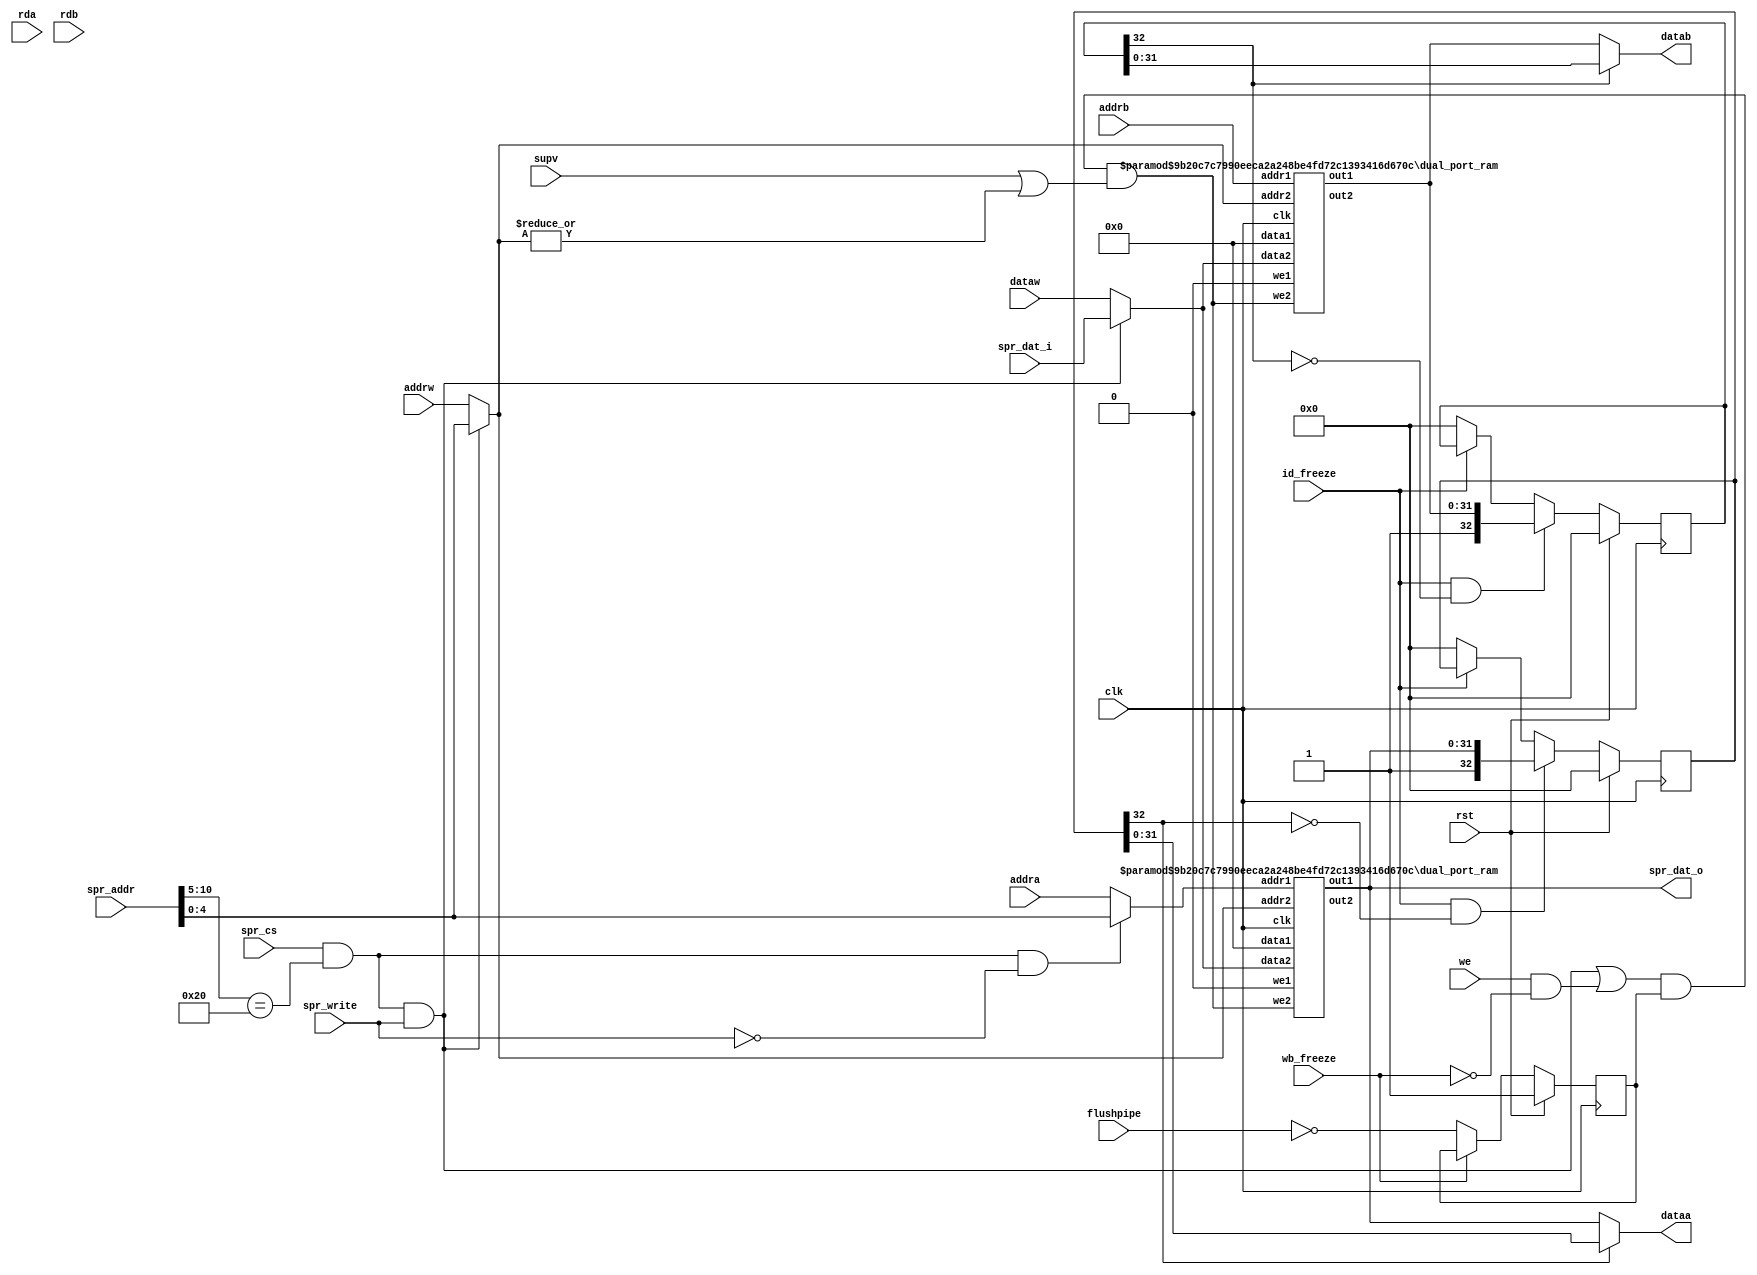
`define OR1200_DCFGR_NDP		3'h0	// Zero DVR/DCR pairs
`define OR1200_DCFGR_WPCI		1'b0	// WP counters not impl.
`define OR1200_DCFGR_RES1		28'h0000000
`define OR1200_M2R_BYTE0 4'b0000
`define OR1200_M2R_BYTE1 4'b0001
`define OR1200_M2R_BYTE2 4'b0010
`define OR1200_M2R_BYTE3 4'b0011
`define OR1200_M2R_EXTB0 4'b0100
`define OR1200_M2R_EXTB1 4'b0101
`define OR1200_M2R_EXTB2 4'b0110
`define OR1200_M2R_EXTB3 4'b0111
`define OR1200_M2R_ZERO  4'b0000
`define OR1200_ICCFGR_NCW		3'h0	// 1 cache way
`define OR1200_ICCFGR_NCS 9	// Num cache sets
`define OR1200_ICCFGR_CBS 9	// 16 byte cache block
`define OR1200_ICCFGR_CWS		1'b0	// Irrelevant
`define OR1200_ICCFGR_CCRI		1'b1	// Cache control reg impl.
`define OR1200_ICCFGR_CBIRI		1'b1	// Cache block inv reg impl.
`define OR1200_ICCFGR_CBPRI		1'b0	// Cache block prefetch reg not impl.
`define OR1200_ICCFGR_CBLRI		1'b0	// Cache block lock reg not impl.
`define OR1200_ICCFGR_CBFRI		1'b1	// Cache block flush reg impl.
`define OR1200_ICCFGR_CBWBRI		1'b0	// Irrelevant
`define OR1200_ICCFGR_RES1		17'h00000
//`define OR1200_ICCFGR_NCW_BITS		2:0
//`define OR1200_ICCFGR_NCS_BITS		6:3
`define OR1200_ICCFGR_CBS_BITS		7
`define OR1200_ICCFGR_CWS_BITS		8
`define OR1200_ICCFGR_CCRI_BITS		9
`define OR1200_ICCFGR_CBIRI_BITS	10
`define OR1200_ICCFGR_CBPRI_BITS	11
`define OR1200_ICCFGR_CBLRI_BITS	12
`define OR1200_ICCFGR_CBFRI_BITS	13
`define OR1200_ICCFGR_CBWBRI_BITS	14
//`define OR1200_ICCFGR_RES1_BITS	31:15
`define OR1200_DCCFGR_NCW		3'h0	// 1 cache way
`define OR1200_DCCFGR_NCS 9	// Num cache sets
`define OR1200_DCCFGR_CBS 9	// 16 byte cache block
`define OR1200_DCCFGR_CWS		1'b0	// Write-through strategy
`define OR1200_DCCFGR_CCRI		1'b1	// Cache control reg impl.
`define OR1200_DCCFGR_CBIRI		1'b1	// Cache block inv reg impl.
`define OR1200_DCCFGR_CBPRI		1'b0	// Cache block prefetch reg not impl.
`define OR1200_DCCFGR_CBLRI		1'b0	// Cache block lock reg not impl.
`define OR1200_DCCFGR_CBFRI		1'b1	// Cache block flush reg impl.
`define OR1200_DCCFGR_CBWBRI		1'b0	// Cache block WB reg not impl.
`define OR1200_DCCFGR_RES1		17'h00000
//`define OR1200_DCCFGR_NCW_BITS		2:0
//`define OR1200_DCCFGR_NCS_BITS		6:3
`define OR1200_DCCFGR_CBS_BITS		7
`define OR1200_DCCFGR_CWS_BITS		8
`define OR1200_DCCFGR_CCRI_BITS		9
`define OR1200_DCCFGR_CBIRI_BITS	10
`define OR1200_DCCFGR_CBPRI_BITS	11
`define OR1200_DCCFGR_CBLRI_BITS	12
`define OR1200_DCCFGR_CBFRI_BITS	13
`define OR1200_DCCFGR_CBWBRI_BITS	14
//`define OR1200_DCCFGR_RES1_BITS	31:15
`define OR1200_IMMUCFGR_NTW		2'h0	// 1 TLB way
`define OR1200_IMMUCFGR_NTS 3'b101	// Num TLB sets
`define OR1200_IMMUCFGR_NAE		3'h0	// No ATB entry
`define OR1200_IMMUCFGR_CRI		1'b0	// No control reg
`define OR1200_IMMUCFGR_PRI		1'b0	// No protection reg
`define OR1200_IMMUCFGR_TEIRI		1'b1	// TLB entry inv reg impl
`define OR1200_IMMUCFGR_HTR		1'b0	// No HW TLB reload
`define OR1200_IMMUCFGR_RES1		20'h00000
//`define OR1200_CPUCFGR_NSGF_BITS	3:0
`define OR1200_CPUCFGR_HGF_BITS	4
`define OR1200_CPUCFGR_OB32S_BITS	5
`define OR1200_CPUCFGR_OB64S_BITS	6
`define OR1200_CPUCFGR_OF32S_BITS	7
`define OR1200_CPUCFGR_OF64S_BITS	8
`define OR1200_CPUCFGR_OV64S_BITS	9
//`define OR1200_CPUCFGR_RES1_BITS	31:10
`define OR1200_CPUCFGR_NSGF		4'h0
`define OR1200_CPUCFGR_HGF		1'b0
`define OR1200_CPUCFGR_OB32S		1'b1
`define OR1200_CPUCFGR_OB64S		1'b0
`define OR1200_CPUCFGR_OF32S		1'b0
`define OR1200_CPUCFGR_OF64S		1'b0
`define OR1200_CPUCFGR_OV64S		1'b0
`define OR1200_CPUCFGR_RES1		22'h000000
`define OR1200_DMMUCFGR_NTW_BITS	1:0
`define OR1200_DMMUCFGR_NTS_BITS	4:2
`define OR1200_DMMUCFGR_NAE_BITS	7:5
`define OR1200_DMMUCFGR_CRI_BITS	8
`define OR1200_DMMUCFGR_PRI_BITS	9
`define OR1200_DMMUCFGR_TEIRI_BITS	10
`define OR1200_DMMUCFGR_HTR_BITS	11
//`define OR1200_DMMUCFGR_RES1_BITS	31:12
`define OR1200_DMMUCFGR_NTW		2'h0	// 1 TLB way
`define OR1200_DMMUCFGR_NTS 3'b110	// Num TLB sets
`define OR1200_DMMUCFGR_NAE		3'h0	// No ATB entries
`define OR1200_DMMUCFGR_CRI		1'b0	// No control register
`define OR1200_DMMUCFGR_PRI		1'b0	// No protection reg
`define OR1200_DMMUCFGR_TEIRI		1'b1	// TLB entry inv reg impl.
`define OR1200_DMMUCFGR_HTR		1'b0	// No HW TLB reload
`define OR1200_DMMUCFGR_RES1		20'h00000
`define OR1200_IMMUCFGR_NTW_BITS	1:0
`define OR1200_IMMUCFGR_NTS_BITS	4:2
`define OR1200_IMMUCFGR_NAE_BITS	7:5
`define OR1200_IMMUCFGR_CRI_BITS	8
`define OR1200_IMMUCFGR_PRI_BITS	9
`define OR1200_IMMUCFGR_TEIRI_BITS	10
`define OR1200_IMMUCFGR_HTR_BITS	11
//`define OR1200_IMMUCFGR_RES1_BITS	31:12
`define OR1200_SPRGRP_SYS_VR		4'h0
`define OR1200_SPRGRP_SYS_UPR		4'h1
`define OR1200_SPRGRP_SYS_CPUCFGR	4'h2
`define OR1200_SPRGRP_SYS_DMMUCFGR	4'h3
`define OR1200_SPRGRP_SYS_IMMUCFGR	4'h4
`define OR1200_SPRGRP_SYS_DCCFGR	4'h5
`define OR1200_SPRGRP_SYS_ICCFGR	4'h6
`define OR1200_SPRGRP_SYS_DCFGR	4'h7
`define OR1200_VR_REV_BITS		5:0
`define OR1200_VR_RES1_BITS		15:6
`define OR1200_VR_CFG_BITS		23:16
`define OR1200_VR_VER_BITS		31:24
`define OR1200_VR_REV			6'h01
`define OR1200_VR_RES1			10'h000
`define OR1200_VR_CFG			8'h00
`define OR1200_VR_VER			8'h12
`define OR1200_UPR_UP_BITS		0
`define OR1200_UPR_DCP_BITS		1
`define OR1200_UPR_ICP_BITS		2
`define OR1200_UPR_DMP_BITS		3
`define OR1200_UPR_IMP_BITS		4
`define OR1200_UPR_MP_BITS		5
`define OR1200_UPR_DUP_BITS		6
`define OR1200_UPR_PCUP_BITS		7
`define OR1200_UPR_PMP_BITS		8
`define OR1200_UPR_PICP_BITS		9
`define OR1200_UPR_TTP_BITS		10
`define OR1200_UPR_RES1_BITS		23:11
`define OR1200_UPR_CUP_BITS		31:24
`define OR1200_UPR_RES1			13'h0000
`define OR1200_UPR_CUP			8'h00
`define OR1200_DU_DSR_WIDTH 14
`define OR1200_EXCEPT_UNUSED		3'hf
`define OR1200_EXCEPT_TRAP		3'he
`define OR1200_EXCEPT_BREAK		3'hd
`define OR1200_EXCEPT_SYSCALL		3'hc
`define OR1200_EXCEPT_RANGE		3'hb
`define OR1200_EXCEPT_ITLBMISS		3'ha
`define OR1200_EXCEPT_DTLBMISS		3'h9
`define OR1200_EXCEPT_INT		3'h8
`define OR1200_EXCEPT_ILLEGAL		3'h7
`define OR1200_EXCEPT_ALIGN		3'h6
`define OR1200_EXCEPT_TICK		3'h5
`define OR1200_EXCEPT_IPF		3'h4
`define OR1200_EXCEPT_DPF		3'h3
`define OR1200_EXCEPT_BUSERR		3'h2
`define OR1200_EXCEPT_RESET		3'h1
`define OR1200_EXCEPT_NONE		3'h0
`define OR1200_OPERAND_WIDTH		32
`define OR1200_REGFILE_ADDR_WIDTH	5
`define OR1200_ALUOP_WIDTH	4
`define OR1200_ALUOP_NOP	4'b000
`define OR1200_ALUOP_ADD	4'b0000
`define OR1200_ALUOP_ADDC	4'b0001
`define OR1200_ALUOP_SUB	4'b0010
`define OR1200_ALUOP_AND	4'b0011
`define OR1200_ALUOP_OR		4'b0100
`define OR1200_ALUOP_XOR	4'b0101
`define OR1200_ALUOP_MUL	4'b0110
`define OR1200_ALUOP_CUST5	4'b0111
`define OR1200_ALUOP_SHROT	4'b1000
`define OR1200_ALUOP_DIV	4'b1001
`define OR1200_ALUOP_DIVU	4'b1010
`define OR1200_ALUOP_IMM	4'b1011
`define OR1200_ALUOP_MOVHI	4'b1100
`define OR1200_ALUOP_COMP	4'b1101
`define OR1200_ALUOP_MTSR	4'b1110
`define OR1200_ALUOP_MFSR	4'b1111
`define OR1200_ALUOP_CMOV 4'b1110
`define OR1200_ALUOP_FF1  4'b1111
`define OR1200_MACOP_WIDTH	2
`define OR1200_MACOP_NOP	2'b00
`define OR1200_MACOP_MAC	2'b01
`define OR1200_MACOP_MSB	2'b10
`define OR1200_SHROTOP_WIDTH	2
`define OR1200_SHROTOP_NOP	2'b00
`define OR1200_SHROTOP_SLL	2'b00
`define OR1200_SHROTOP_SRL	2'b01
`define OR1200_SHROTOP_SRA	2'b10
`define OR1200_SHROTOP_ROR	2'b11
`define OR1200_MULTICYCLE_WIDTH	2
`define OR1200_ONE_CYCLE		2'b00
`define OR1200_TWO_CYCLES		2'b01
`define OR1200_SEL_WIDTH		2
`define OR1200_SEL_RF			2'b00
`define OR1200_SEL_IMM			2'b01
`define OR1200_SEL_EX_FORW		2'b10
`define OR1200_SEL_WB_FORW		2'b11
`define OR1200_BRANCHOP_WIDTH		3
`define OR1200_BRANCHOP_NOP		3'b000
`define OR1200_BRANCHOP_J		3'b001
`define OR1200_BRANCHOP_JR		3'b010
`define OR1200_BRANCHOP_BAL		3'b011
`define OR1200_BRANCHOP_BF		3'b100
`define OR1200_BRANCHOP_BNF		3'b101
`define OR1200_BRANCHOP_RFE		3'b110
`define OR1200_LSUOP_WIDTH		4
`define OR1200_LSUOP_NOP		4'b0000
`define OR1200_LSUOP_LBZ		4'b0010
`define OR1200_LSUOP_LBS		4'b0011
`define OR1200_LSUOP_LHZ		4'b0100
`define OR1200_LSUOP_LHS		4'b0101
`define OR1200_LSUOP_LWZ		4'b0110
`define OR1200_LSUOP_LWS		4'b0111
`define OR1200_LSUOP_LD		4'b0001
`define OR1200_LSUOP_SD		4'b1000
`define OR1200_LSUOP_SB		4'b1010
`define OR1200_LSUOP_SH		4'b1100
`define OR1200_LSUOP_SW		4'b1110
`define OR1200_FETCHOP_WIDTH		1
`define OR1200_FETCHOP_NOP		1'b0
`define OR1200_FETCHOP_LW		1'b1
`define OR1200_RFWBOP_WIDTH		3
`define OR1200_RFWBOP_NOP		3'b000
`define OR1200_RFWBOP_ALU		3'b001
`define OR1200_RFWBOP_LSU		3'b011
`define OR1200_RFWBOP_SPRS		3'b101
`define OR1200_RFWBOP_LR		3'b111
`define OR1200_COP_SFEQ       3'b000
`define OR1200_COP_SFNE       3'b001
`define OR1200_COP_SFGT       3'b010
`define OR1200_COP_SFGE       3'b011
`define OR1200_COP_SFLT       3'b100
`define OR1200_COP_SFLE       3'b101
`define OR1200_COP_X          3'b111
`define OR1200_SIGNED_COMPARE 3'b011
`define OR1200_COMPOP_WIDTH	4
`define OR1200_ITAG_IDLE	4'h0	// idle bus
`define	OR1200_ITAG_NI		4'h1	// normal insn
`define OR1200_ITAG_BE		4'hb	// Bus error exception
`define OR1200_ITAG_PE		4'hc	// Page fault exception
`define OR1200_ITAG_TE		4'hd	// TLB miss exception
`define OR1200_DTAG_IDLE	4'h0	// idle bus
`define	OR1200_DTAG_ND		4'h1	// normal data
`define OR1200_DTAG_AE		4'ha	// Alignment exception
`define OR1200_DTAG_BE		4'hb	// Bus error exception
`define OR1200_DTAG_PE		4'hc	// Page fault exception
`define OR1200_DTAG_TE		4'hd	// TLB miss exception
`define OR1200_DU_DSR_RSTE	0
`define OR1200_DU_DSR_BUSEE	1
`define OR1200_DU_DSR_DPFE	2
`define OR1200_DU_DSR_IPFE	3
`define OR1200_DU_DSR_TTE	4
`define OR1200_DU_DSR_AE	5
`define OR1200_DU_DSR_IIE	6
`define OR1200_DU_DSR_IE	7
`define OR1200_DU_DSR_DME	8
`define OR1200_DU_DSR_IME	9
`define OR1200_DU_DSR_RE	10
`define OR1200_DU_DSR_SCE	11
`define OR1200_DU_DSR_BE	12
`define OR1200_DU_DSR_TE	13
//`define OR1200_SHROTOP_POS		7:6
//`define OR1200_ALUMCYC_POS		9:8
`define OR1200_OR32_J                 6'b000000
`define OR1200_OR32_JAL               6'b000001
`define OR1200_OR32_BNF               6'b000011
`define OR1200_OR32_BF                6'b000100
`define OR1200_OR32_NOP               6'b000101
`define OR1200_OR32_MOVHI             6'b000110
`define OR1200_OR32_XSYNC             6'b001000
`define OR1200_OR32_RFE               6'b001001
`define OR1200_OR32_JR                6'b010001
`define OR1200_OR32_JALR              6'b010010
`define OR1200_OR32_MACI              6'b010011
`define OR1200_OR32_LWZ               6'b100001
`define OR1200_OR32_LBZ               6'b100011
`define OR1200_OR32_LBS               6'b100100
`define OR1200_OR32_LHZ               6'b100101
`define OR1200_OR32_LHS               6'b100110
`define OR1200_OR32_ADDI              6'b100111
`define OR1200_OR32_ADDIC             6'b101000
`define OR1200_OR32_ANDI              6'b101001
`define OR1200_OR32_ORI               6'b101010
`define OR1200_OR32_XORI              6'b101011
`define OR1200_OR32_MULI              6'b101100
`define OR1200_OR32_MFSPR             6'b101101
`define OR1200_OR32_SH_ROTI 	      6'b101110
`define OR1200_OR32_SFXXI             6'b101111
`define OR1200_OR32_MTSPR             6'b110000
`define OR1200_OR32_MACMSB            6'b110001
`define OR1200_OR32_SW                6'b110101
`define OR1200_OR32_SB                6'b110110
`define OR1200_OR32_SH                6'b110111
`define OR1200_OR32_ALU               6'b111000
`define OR1200_OR32_SFXX              6'b111001
`define OR1200_OR32_CUST5             6'b111100
`define OR1200_EXCEPT_EPH0_P 20'h00000
`define OR1200_EXCEPT_EPH1_P 20'hF0000
`define OR1200_EXCEPT_V		   8'h00
`define OR1200_EXCEPT_WIDTH 4
`define OR1200_SPR_GROUP_SYS	5'b00000
`define OR1200_SPR_GROUP_DMMU	5'b00001
`define OR1200_SPR_GROUP_IMMU	5'b00010
`define OR1200_SPR_GROUP_DC	5'b00011
`define OR1200_SPR_GROUP_IC	5'b00100
`define OR1200_SPR_GROUP_MAC	5'b00101
`define OR1200_SPR_GROUP_DU	5'b00110
`define OR1200_SPR_GROUP_PM	5'b01000
`define OR1200_SPR_GROUP_PIC	5'b01001
`define OR1200_SPR_GROUP_TT	5'b01010
`define OR1200_SPR_CFGR		7'b0000000
`define OR1200_SPR_RF		6'b100000	// 1024 >> 5
`define OR1200_SPR_NPC		11'b00000010000
`define OR1200_SPR_SR		11'b00000010001
`define OR1200_SPR_PPC		11'b00000010010
`define OR1200_SPR_EPCR		11'b00000100000
`define OR1200_SPR_EEAR		11'b00000110000
`define OR1200_SPR_ESR		11'b00001000000
`define OR1200_SR_WIDTH 16
`define OR1200_SR_SM   0
`define OR1200_SR_TEE  1
`define OR1200_SR_IEE  2
`define OR1200_SR_DCE  3
`define OR1200_SR_ICE  4
`define OR1200_SR_DME  5
`define OR1200_SR_IME  6
`define OR1200_SR_LEE  7
`define OR1200_SR_CE   8
`define OR1200_SR_F    9
`define OR1200_SR_CY   10	// Unused
`define OR1200_SR_OV   11	// Unused
`define OR1200_SR_OVE  12	// Unused
`define OR1200_SR_DSX  13	// Unused
`define OR1200_SR_EPH  14
`define OR1200_SR_FO   15
`define OR1200_SR_EPH_DEF	1'b0
`define OR1200_PM_PMR_DME 4
`define OR1200_PM_PMR_SME 5
`define OR1200_PM_PMR_DCGE 6
`define OR1200_PM_OFS_PMR 11'b0
`define OR1200_SPRGRP_PM 5'b01000
`define OR1200_PIC_INTS 20
`define OR1200_PIC_OFS_PICMR 2'b00
`define OR1200_PIC_OFS_PICSR 2'b10
`define OR1200_TT_OFS_TTMR 1'b0
`define OR1200_TT_OFS_TTCR 1'b1
`define OR1200_TTOFS_BITS 0
`define OR1200_TT_TTMR_IP 28
`define OR1200_TT_TTMR_IE 29
`define OR1200_MAC_ADDR		0	// MACLO 0xxxxxxxx1, MACHI 0xxxxxxxx0
`define OR1200_MAC_SHIFTBY	0	// 0 = According to arch manual, 28 = obsolete backward compatibility
`define OR1200_DTLB_TM_ADDR	7
`define	OR1200_DTLBMR_V_BITS	0
`define	OR1200_DTLBTR_CC_BITS	0
`define	OR1200_DTLBTR_CI_BITS	1
`define	OR1200_DTLBTR_WBC_BITS	2
`define	OR1200_DTLBTR_WOM_BITS	3
`define	OR1200_DTLBTR_A_BITS	4
`define	OR1200_DTLBTR_D_BITS	5
`define	OR1200_DTLBTR_URE_BITS	6
`define	OR1200_DTLBTR_UWE_BITS	7
`define	OR1200_DTLBTR_SRE_BITS	8
`define	OR1200_DTLBTR_SWE_BITS	9
`define	OR1200_DMMU_PS		13					// 13 for 8KB page size
`define	OR1200_DTLB_INDXW	6							// +5 because of protection bits and CI
`define OR1200_ITLB_TM_ADDR	7
`define	OR1200_ITLBMR_V_BITS	0
`define	OR1200_ITLBTR_CC_BITS	0
`define	OR1200_ITLBTR_CI_BITS	1
`define	OR1200_ITLBTR_WBC_BITS	2
`define	OR1200_ITLBTR_WOM_BITS	3
`define	OR1200_ITLBTR_A_BITS	4
`define	OR1200_ITLBTR_D_BITS	5
`define	OR1200_ITLBTR_SXE_BITS	6
`define	OR1200_ITLBTR_UXE_BITS	7
`define	OR1200_IMMU_PS 13					
`define	OR1200_ITLB_INDXW	6			
`define OR1200_IMMU_CI			1'b0
`define OR1200_ICLS		4
`define OR1200_DCLS		4
// `define OR1200_DC_STORE_REFILL
`define OR1200_DCSIZE			12			// 4096
`define	OR1200_DCTAG_W			21
//`define OR1200_SB_IMPLEMENTED
`define OR1200_SB_LOG		2	// 2 or 3
`define OR1200_SB_ENTRIES	4	// 4 or 8
`define OR1200_QMEM_IADDR	32'h00800000
`define OR1200_QMEM_IMASK	32'hfff00000	// Max QMEM size 1MB
`define OR1200_QMEM_DADDR  32'h00800000
`define OR1200_QMEM_DMASK  32'hfff00000 // Max QMEM size 1MB
//`define OR1200_QMEM_BSEL
//`define OR1200_QMEM_ACK
`define OR1200_SPRGRP_SYS_VR		4'h0
`define OR1200_SPRGRP_SYS_UPR		4'h1
`define OR1200_SPRGRP_SYS_CPUCFGR	4'h2
`define OR1200_SPRGRP_SYS_DMMUCFGR	4'h3
`define OR1200_SPRGRP_SYS_IMMUCFGR	4'h4
`define OR1200_SPRGRP_SYS_DCCFGR	4'h5
`define OR1200_SPRGRP_SYS_ICCFGR	4'h6
`define OR1200_SPRGRP_SYS_DCFGR	4'h7
`define OR1200_VR_REV			6'h01
`define OR1200_VR_RES1			10'h000
`define OR1200_VR_CFG			8'h00
`define OR1200_VR_VER			8'h12
`define OR1200_UPR_UP			1'b1
`define OR1200_UPR_DCP			1'b1
`define OR1200_UPR_ICP			1'b1
`define OR1200_UPR_DMP			1'b1
`define OR1200_UPR_IMP			1'b1
`define OR1200_UPR_MP			1'b1	// MAC always present
`define OR1200_UPR_DUP			1'b1
`define OR1200_UPR_PCUP			1'b0	// Performance counters not present
`define OR1200_UPR_PMP			1'b1
`define OR1200_UPR_PICP			1'b1
`define OR1200_UPR_TTP			1'b1
`define OR1200_UPR_RES1			13'h0000
`define OR1200_UPR_CUP			8'h00
`define OR1200_CPUCFGR_HGF_BITS	4
`define OR1200_CPUCFGR_OB32S_BITS	5
`define OR1200_CPUCFGR_OB64S_BITS	6
`define OR1200_CPUCFGR_OF32S_BITS	7
`define OR1200_CPUCFGR_OF64S_BITS	8
`define OR1200_CPUCFGR_OV64S_BITS	9
`define OR1200_CPUCFGR_NSGF		4'h0
`define OR1200_CPUCFGR_HGF		1'b0
`define OR1200_CPUCFGR_OB32S		1'b1
`define OR1200_CPUCFGR_OB64S		1'b0
`define OR1200_CPUCFGR_OF32S		1'b0
`define OR1200_CPUCFGR_OF64S		1'b0
`define OR1200_CPUCFGR_OV64S		1'b0
`define OR1200_CPUCFGR_RES1		22'h000000
`define OR1200_DMMUCFGR_CRI_BITS	8
`define OR1200_DMMUCFGR_PRI_BITS	9
`define OR1200_DMMUCFGR_TEIRI_BITS	10
`define OR1200_DMMUCFGR_HTR_BITS	11
`define OR1200_DMMUCFGR_NTW		2'h0	// 1 TLB way
`define OR1200_DMMUCFGR_NAE		3'h0	// No ATB entries
`define OR1200_DMMUCFGR_CRI		1'b0	// No control register
`define OR1200_DMMUCFGR_PRI		1'b0	// No protection reg
`define OR1200_DMMUCFGR_TEIRI		1'b1	// TLB entry inv reg impl.
`define OR1200_DMMUCFGR_HTR		1'b0	// No HW TLB reload
`define OR1200_DMMUCFGR_RES1		20'h00000
`define OR1200_IMMUCFGR_CRI_BITS	8
`define OR1200_IMMUCFGR_PRI_BITS	9
`define OR1200_IMMUCFGR_TEIRI_BITS	10
`define OR1200_IMMUCFGR_HTR_BITS	11
`define OR1200_IMMUCFGR_NTW		2'h0	// 1 TLB way
`define OR1200_IMMUCFGR_NAE		3'h0	// No ATB entry
`define OR1200_IMMUCFGR_CRI		1'b0	// No control reg
`define OR1200_IMMUCFGR_PRI		1'b0	// No protection reg
`define OR1200_IMMUCFGR_TEIRI		1'b1	// TLB entry inv reg impl
`define OR1200_IMMUCFGR_HTR		1'b0	// No HW TLB reload
`define OR1200_IMMUCFGR_RES1		20'h00000
`define OR1200_DCCFGR_CBS_BITS		7
`define OR1200_DCCFGR_CWS_BITS		8
`define OR1200_DCCFGR_CCRI_BITS		9
`define OR1200_DCCFGR_CBIRI_BITS	10
`define OR1200_DCCFGR_CBPRI_BITS	11
`define OR1200_DCCFGR_CBLRI_BITS	12
`define OR1200_DCCFGR_CBFRI_BITS	13
`define OR1200_DCCFGR_CBWBRI_BITS	14
`define OR1200_DCCFGR_NCW		3'h0	// 1 cache way
`define OR1200_DCCFGR_CWS		1'b0	// Write-through strategy
`define OR1200_DCCFGR_CCRI		1'b1	// Cache control reg impl.
`define OR1200_DCCFGR_CBIRI		1'b1	// Cache block inv reg impl.
`define OR1200_DCCFGR_CBPRI		1'b0	// Cache block prefetch reg not impl.
`define OR1200_DCCFGR_CBLRI		1'b0	// Cache block lock reg not impl.
`define OR1200_DCCFGR_CBFRI		1'b1	// Cache block flush reg impl.
`define OR1200_DCCFGR_CBWBRI		1'b0	// Cache block WB reg not impl.
`define OR1200_DCCFGR_RES1		17'h00000
`define OR1200_ICCFGR_CBS_BITS		7
`define OR1200_ICCFGR_CWS_BITS		8
`define OR1200_ICCFGR_CCRI_BITS		9
`define OR1200_ICCFGR_CBIRI_BITS	10
`define OR1200_ICCFGR_CBPRI_BITS	11
`define OR1200_ICCFGR_CBLRI_BITS	12
`define OR1200_ICCFGR_CBFRI_BITS	13
`define OR1200_ICCFGR_CBWBRI_BITS	14
`define OR1200_ICCFGR_NCW		3'h0	// 1 cache way
`define OR1200_ICCFGR_CWS		1'b0	// Irrelevant
`define OR1200_ICCFGR_CCRI		1'b1	// Cache control reg impl.
`define OR1200_ICCFGR_CBIRI		1'b1	// Cache block inv reg impl.
`define OR1200_ICCFGR_CBPRI		1'b0	// Cache block prefetch reg not impl.
`define OR1200_ICCFGR_CBLRI		1'b0	// Cache block lock reg not impl.
`define OR1200_ICCFGR_CBFRI		1'b1	// Cache block flush reg impl.
`define OR1200_ICCFGR_CBWBRI		1'b0	// Irrelevant
`define OR1200_ICCFGR_RES1		17'h00000
`define OR1200_DCFGR_WPCI_BITS		3
`define OR1200_DCFGR_NDP		3'h0	// Zero DVR/DCR pairs
`define OR1200_DCFGR_WPCI		1'b0	// WP counters not impl.
`define OR1200_DCFGR_RES1		28'h0000000
`define SIMULATION_MEMORY
`define OR1200_ITAG_IDLE	4'h0	// idle bus
`define	OR1200_ITAG_NI		4'h1	// normal insn
`define OR1200_ITAG_BE		4'hb	// Bus error exception
`define OR1200_ITAG_PE		4'hc	// Page fault exception
`define OR1200_ITAG_TE		4'hd	// TLB miss exception
`define OR1200_BRANCHOP_WIDTH		3
`define OR1200_BRANCHOP_NOP		3'b000
`define OR1200_BRANCHOP_J		3'b001
`define OR1200_BRANCHOP_JR		3'b010
`define OR1200_BRANCHOP_BAL		3'b011
`define OR1200_BRANCHOP_BF		3'b100
`define OR1200_BRANCHOP_BNF		3'b101
`define OR1200_BRANCHOP_RFE		3'b110
`define OR1200_EXCEPT_WIDTH 4
`define OR1200_EXCEPT_EPH0_P 20'h00000
`define OR1200_EXCEPT_EPH1_P 20'hF0000
`define OR1200_EXCEPT_V		   8'h00
`define OR1200_ITAG_IDLE	4'h0	// idle bus
`define	OR1200_ITAG_NI		4'h1	// normal insn
`define OR1200_ITAG_BE		4'hb	// Bus error exception
`define OR1200_ITAG_PE		4'hc	// Page fault exception
`define OR1200_ITAG_TE		4'hd	// TLB miss exception
`define OR1200_OR32_J                 6'b000000
`define OR1200_OR32_JAL               6'b000001
`define OR1200_OR32_BNF               6'b000011
`define OR1200_OR32_BF                6'b000100
`define OR1200_OR32_NOP               6'b000101
`define OR1200_OR32_MOVHI             6'b000110
`define OR1200_OR32_XSYNC             6'b001000
`define OR1200_OR32_RFE               6'b001001
`define OR1200_OR32_JR                6'b010001
`define OR1200_OR32_JALR              6'b010010
`define OR1200_OR32_MACI              6'b010011
`define OR1200_OR32_LWZ               6'b100001
`define OR1200_OR32_LBZ               6'b100011
`define OR1200_OR32_LBS               6'b100100
`define OR1200_OR32_LHZ               6'b100101
`define OR1200_OR32_LHS               6'b100110
`define OR1200_OR32_ADDI              6'b100111
`define OR1200_OR32_ADDIC             6'b101000
`define OR1200_OR32_ANDI              6'b101001
`define OR1200_OR32_ORI               6'b101010
`define OR1200_OR32_XORI              6'b101011
`define OR1200_OR32_MULI              6'b101100
`define OR1200_OR32_MFSPR             6'b101101
`define OR1200_OR32_SH_ROTI 	      6'b101110
`define OR1200_OR32_SFXXI             6'b101111
`define OR1200_OR32_MTSPR             6'b110000
`define OR1200_OR32_MACMSB            6'b110001
`define OR1200_OR32_SW                6'b110101
`define OR1200_OR32_SB                6'b110110
`define OR1200_OR32_SH                6'b110111
`define OR1200_OR32_ALU               6'b111000
`define OR1200_OR32_SFXX              6'b111001
//`define OR1200_OR32_CUST5             6'b111100
`define OR1200_NO_FREEZE	3'b000
`define OR1200_FREEZE_BYDC	3'b001
`define OR1200_FREEZE_BYMULTICYCLE	3'b010
`define OR1200_WAIT_LSU_TO_FINISH	3'b011
`define OR1200_WAIT_IC			3'b100
`define OR1200_EXCEPTFSM_WIDTH 3
`define OR1200_EXCEPTFSM_IDLE	3'b000
`define OR1200_EXCEPTFSM_FLU1 	3'b001
`define OR1200_EXCEPTFSM_FLU2 	3'b010
`define OR1200_EXCEPTFSM_FLU3 	3'b011
`define OR1200_EXCEPTFSM_FLU5 	3'b101
`define OR1200_EXCEPTFSM_FLU4 	3'b100

module or1200_rf(
	// Clock and reset
	clk, rst,

	// Write i/f
	supv, wb_freeze, addrw, dataw,id_freeze, we, flushpipe,

	// Read i/f
 addra, rda, dataa,  addrb,rdb, datab, 
	// Debug
	spr_cs, spr_write, spr_addr, spr_dat_i, spr_dat_o
);

//parameter aw = `OR1200_OPERAND_WIDTH;
//parameter dw= `OR1200_REGFILE_ADDR_WIDTH;

//
// I/O
//

//
// Clock and reset
//
input				clk;
input				rst;

//
// Write i/f
//
input				supv;
input				wb_freeze;
input	[`OR1200_REGFILE_ADDR_WIDTH-1:0]		addrw;
input	[`OR1200_OPERAND_WIDTH-1:0]		dataw;
input				we;
input				flushpipe;

//
// Read i/f
//
input				id_freeze;
input	[`OR1200_REGFILE_ADDR_WIDTH-1:0]		addra;
input	[`OR1200_REGFILE_ADDR_WIDTH-1:0]		addrb;
output	[`OR1200_OPERAND_WIDTH-1:0]		dataa;
output	[`OR1200_OPERAND_WIDTH-1:0]		datab;
input				rda;
input				rdb;

//
// SPR access for debugging purposes
//
input				spr_cs;
input				spr_write;
input	[31:0]			spr_addr;
input	[31:0]			spr_dat_i;
output	[31:0]			spr_dat_o;

//
// Internal wires and regs
//
wire	[`OR1200_OPERAND_WIDTH-1:0]		from_rfa;
wire	[`OR1200_OPERAND_WIDTH-1:0]		from_rfb;
reg	[`OR1200_OPERAND_WIDTH:0]			dataa_saved;
reg	[`OR1200_OPERAND_WIDTH:0]			datab_saved;
wire	[`OR1200_REGFILE_ADDR_WIDTH-1:0]		rf_addra;
wire	[`OR1200_REGFILE_ADDR_WIDTH-1:0]		rf_addrw;
wire	[`OR1200_OPERAND_WIDTH-1:0]		rf_dataw;
wire				rf_we;
wire				spr_valid;
wire				rf_ena;
wire				rf_enb;
reg				rf_we_allow;

//
// SPR access is valid when spr_cs is asserted and
// SPR address matches GPR addresses
//
assign spr_valid = spr_cs & (spr_addr[10:5] == `OR1200_SPR_RF);

//
// SPR data output is always from RF A
//
assign spr_dat_o = from_rfa;

//
// Operand A comes from RF or from saved A register
//
assign dataa = (dataa_saved[32]) ? dataa_saved[31:0] : from_rfa;

//
// Operand B comes from RF or from saved B register
//
assign datab = (datab_saved[32]) ? datab_saved[31:0] : from_rfb;

//
// RF A read address is either from SPRS or normal from CPU control
//
assign rf_addra = (spr_valid & !spr_write) ? spr_addr[4:0] : addra;

//
// RF write address is either from SPRS or normal from CPU control
//
assign rf_addrw = (spr_valid & spr_write) ? spr_addr[4:0] : addrw;

//
// RF write data is either from SPRS or normal from CPU datapath
//
assign rf_dataw = (spr_valid & spr_write) ? spr_dat_i : dataw;

//
// RF write enable is either from SPRS or normal from CPU control
//
always @(posedge clk)
	if (rst)
		rf_we_allow <=  1'b1;
	else if (~wb_freeze)
		rf_we_allow <= ~flushpipe;

assign rf_we = ((spr_valid & spr_write) | (we & ~wb_freeze)) & rf_we_allow & (supv | (|rf_addrw));

//
// CS RF A asserted when instruction reads operand A and ID stage
// is not stalled
//
assign rf_ena = rda & ~id_freeze | spr_valid;	// probably works with fixed binutils
// assign rf_ena = 1'b1;			// does not work with single-stepping
//assign rf_ena = ~id_freeze | spr_valid;	// works with broken binutils 

//
// CS RF B asserted when instruction reads operand B and ID stage
// is not stalled
//
assign rf_enb = rdb & ~id_freeze | spr_valid;
// assign rf_enb = 1'b1;
//assign rf_enb = ~id_freeze | spr_valid;	// works with broken binutils 

//
// Stores operand from RF_A into temp reg when pipeline is frozen
//
always @(posedge clk )
	if (rst) begin
		dataa_saved <=33'b000000000000000000000000000000000;
	end
	else if (id_freeze & !dataa_saved[32]) begin
		dataa_saved <= {1'b1, from_rfa};
	end
	else if (!id_freeze)
		dataa_saved <=33'b000000000000000000000000000000000;

//
// Stores operand from RF_B into temp reg when pipeline is frozen
//
always @(posedge clk)
	if (rst) begin
		datab_saved <=  33'b000000000000000000000000000000000;
	end
	else if (id_freeze & !datab_saved[32]) begin
		datab_saved <=  {1'b1, from_rfb};
	end
	else if (!id_freeze)
		datab_saved <=  33'b000000000000000000000000000000000;

		
		
		
// Black-box memory instead of the or1200 memory implementation

wire const_one;
wire const_zero;
assign const_one = 1'b1;
assign const_zero = 1'b0;
wire [31:0] const_zero_data;
assign const_zero_data = 32'b00000000000000000000000000000000;
wire [31:0] dont_care_out;
wire [31:0] dont_care_out2;

defparam rf_a.ADDR_WIDTH = `OR1200_REGFILE_ADDR_WIDTH;
defparam rf_a.DATA_WIDTH = `OR1200_OPERAND_WIDTH;
dual_port_ram rf_a(	

  .clk (clk),
  .we1(const_zero),
  .we2(rf_we),
  .data1(const_zero_data),
  .data2(rf_dataw),
  .out1(from_rfa),
  .out2 (dont_care_out),
  .addr1(rf_addra),
  .addr2(rf_addrw));
//
// Instantiation of register file two-port RAM A
//
/*
or1200_tpram_32x32 rf_a(
	// Port A
	.clk_a(clk),
	.rst_a(rst),
	.ce_a(rf_ena),
	.we_a(1'b0),
	.oe_a(1'b1),
	.addr_a(rf_addra),
	.di_a(32'h00000000),
	.do_a(from_rfa),

	// Port B
	.clk_b(clk),
	.rst_b(rst),
	.ce_b(rf_we),
	.we_b(rf_we),
	.oe_b(1'b0),
	.addr_b(rf_addrw),
	.di_b(rf_dataw),
	.do_b()
);
*/
//
// Instantiation of register file two-port RAM B
//

defparam rf_b.ADDR_WIDTH = `OR1200_REGFILE_ADDR_WIDTH;
defparam rf_b.DATA_WIDTH = `OR1200_OPERAND_WIDTH;
dual_port_ram rf_b(	
  .clk (clk),
  .we1(const_zero),
  .we2(rf_we),
  .data1(const_zero_data),
  .data2(rf_dataw),
  .out1(from_rfb),
  .out2 (dont_care_out2),
  .addr1(addrb),
  .addr2(rf_addrw));
/*
or1200_tpram_32x32 rf_b(
	// Port A
	.clk_a(clk),
	.rst_a(rst),
	.ce_a(rf_enb),
	.we_a(1'b0),
	.oe_a(1'b1),
	.addr_a(addrb),
	.di_a(32'h00000000),
	.do_a(from_rfb),

	// Port B
	.clk_b(clk),
	.rst_b(rst),
	.ce_b(rf_we),
	.we_b(rf_we),
	.oe_b(1'b0),
	.addr_b(rf_addrw),
	.di_b(rf_dataw),
	.do_b()
);
*/
wire unused;
assign unused = |spr_addr;
endmodule
module dual_port_ram(
clk,
addr1,
addr2,
data1,
data2,
we1,
we2,
out1,
out2
);

parameter DATA_WIDTH = 256;
parameter ADDR_WIDTH = 10;
input clk;
input [ADDR_WIDTH-1:0] addr1;
input [ADDR_WIDTH-1:0] addr2;
input [DATA_WIDTH-1:0] data1;
input [DATA_WIDTH-1:0] data2;
input we1;
input we2;
output reg [DATA_WIDTH-1:0] out1;
output reg [DATA_WIDTH-1:0] out2;

reg [DATA_WIDTH-1:0] ram[ADDR_WIDTH-1:0];

always @(posedge clk) begin
  if (we1) begin
    ram[addr1] <= data1;
  end
  else begin
    out1 <= ram[addr1];
  end
end

always @(posedge clk) begin
  if (we2) begin
    ram [addr2] <= data2;
  end
  else begin
    out2 <= ram[addr2];
  end
end

endmodule